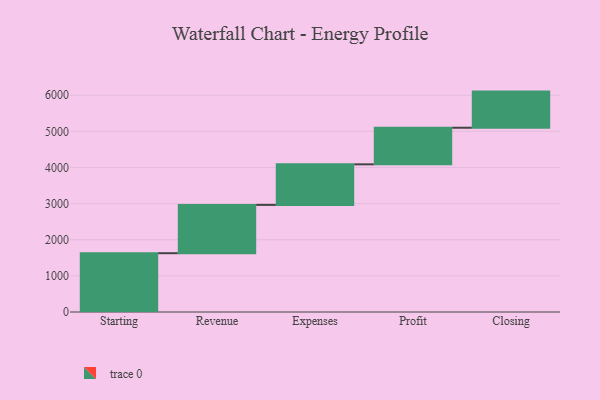
{"axis": {"x": "Step", "y": "Value"}, "legend": [""], "data": [{"x": "Starting", "y": 1627.0, "type": ""}, {"x": "Revenue", "y": 1337.0, "type": ""}, {"x": "Expenses", "y": 1122.0, "type": ""}, {"x": "Profit", "y": 1013.0, "type": ""}, {"x": "Closing", "y": 1000, "type": ""}]}